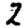
Digit: 2